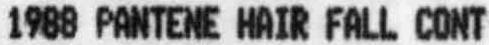
1988 PANTENE HAIR FALL CONT